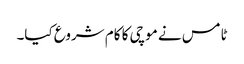
ٹامس نے موچی کا کام شروع کیا۔